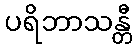
ပရိဘာသန္တီ